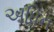
અધિન